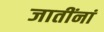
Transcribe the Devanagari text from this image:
जातींनां